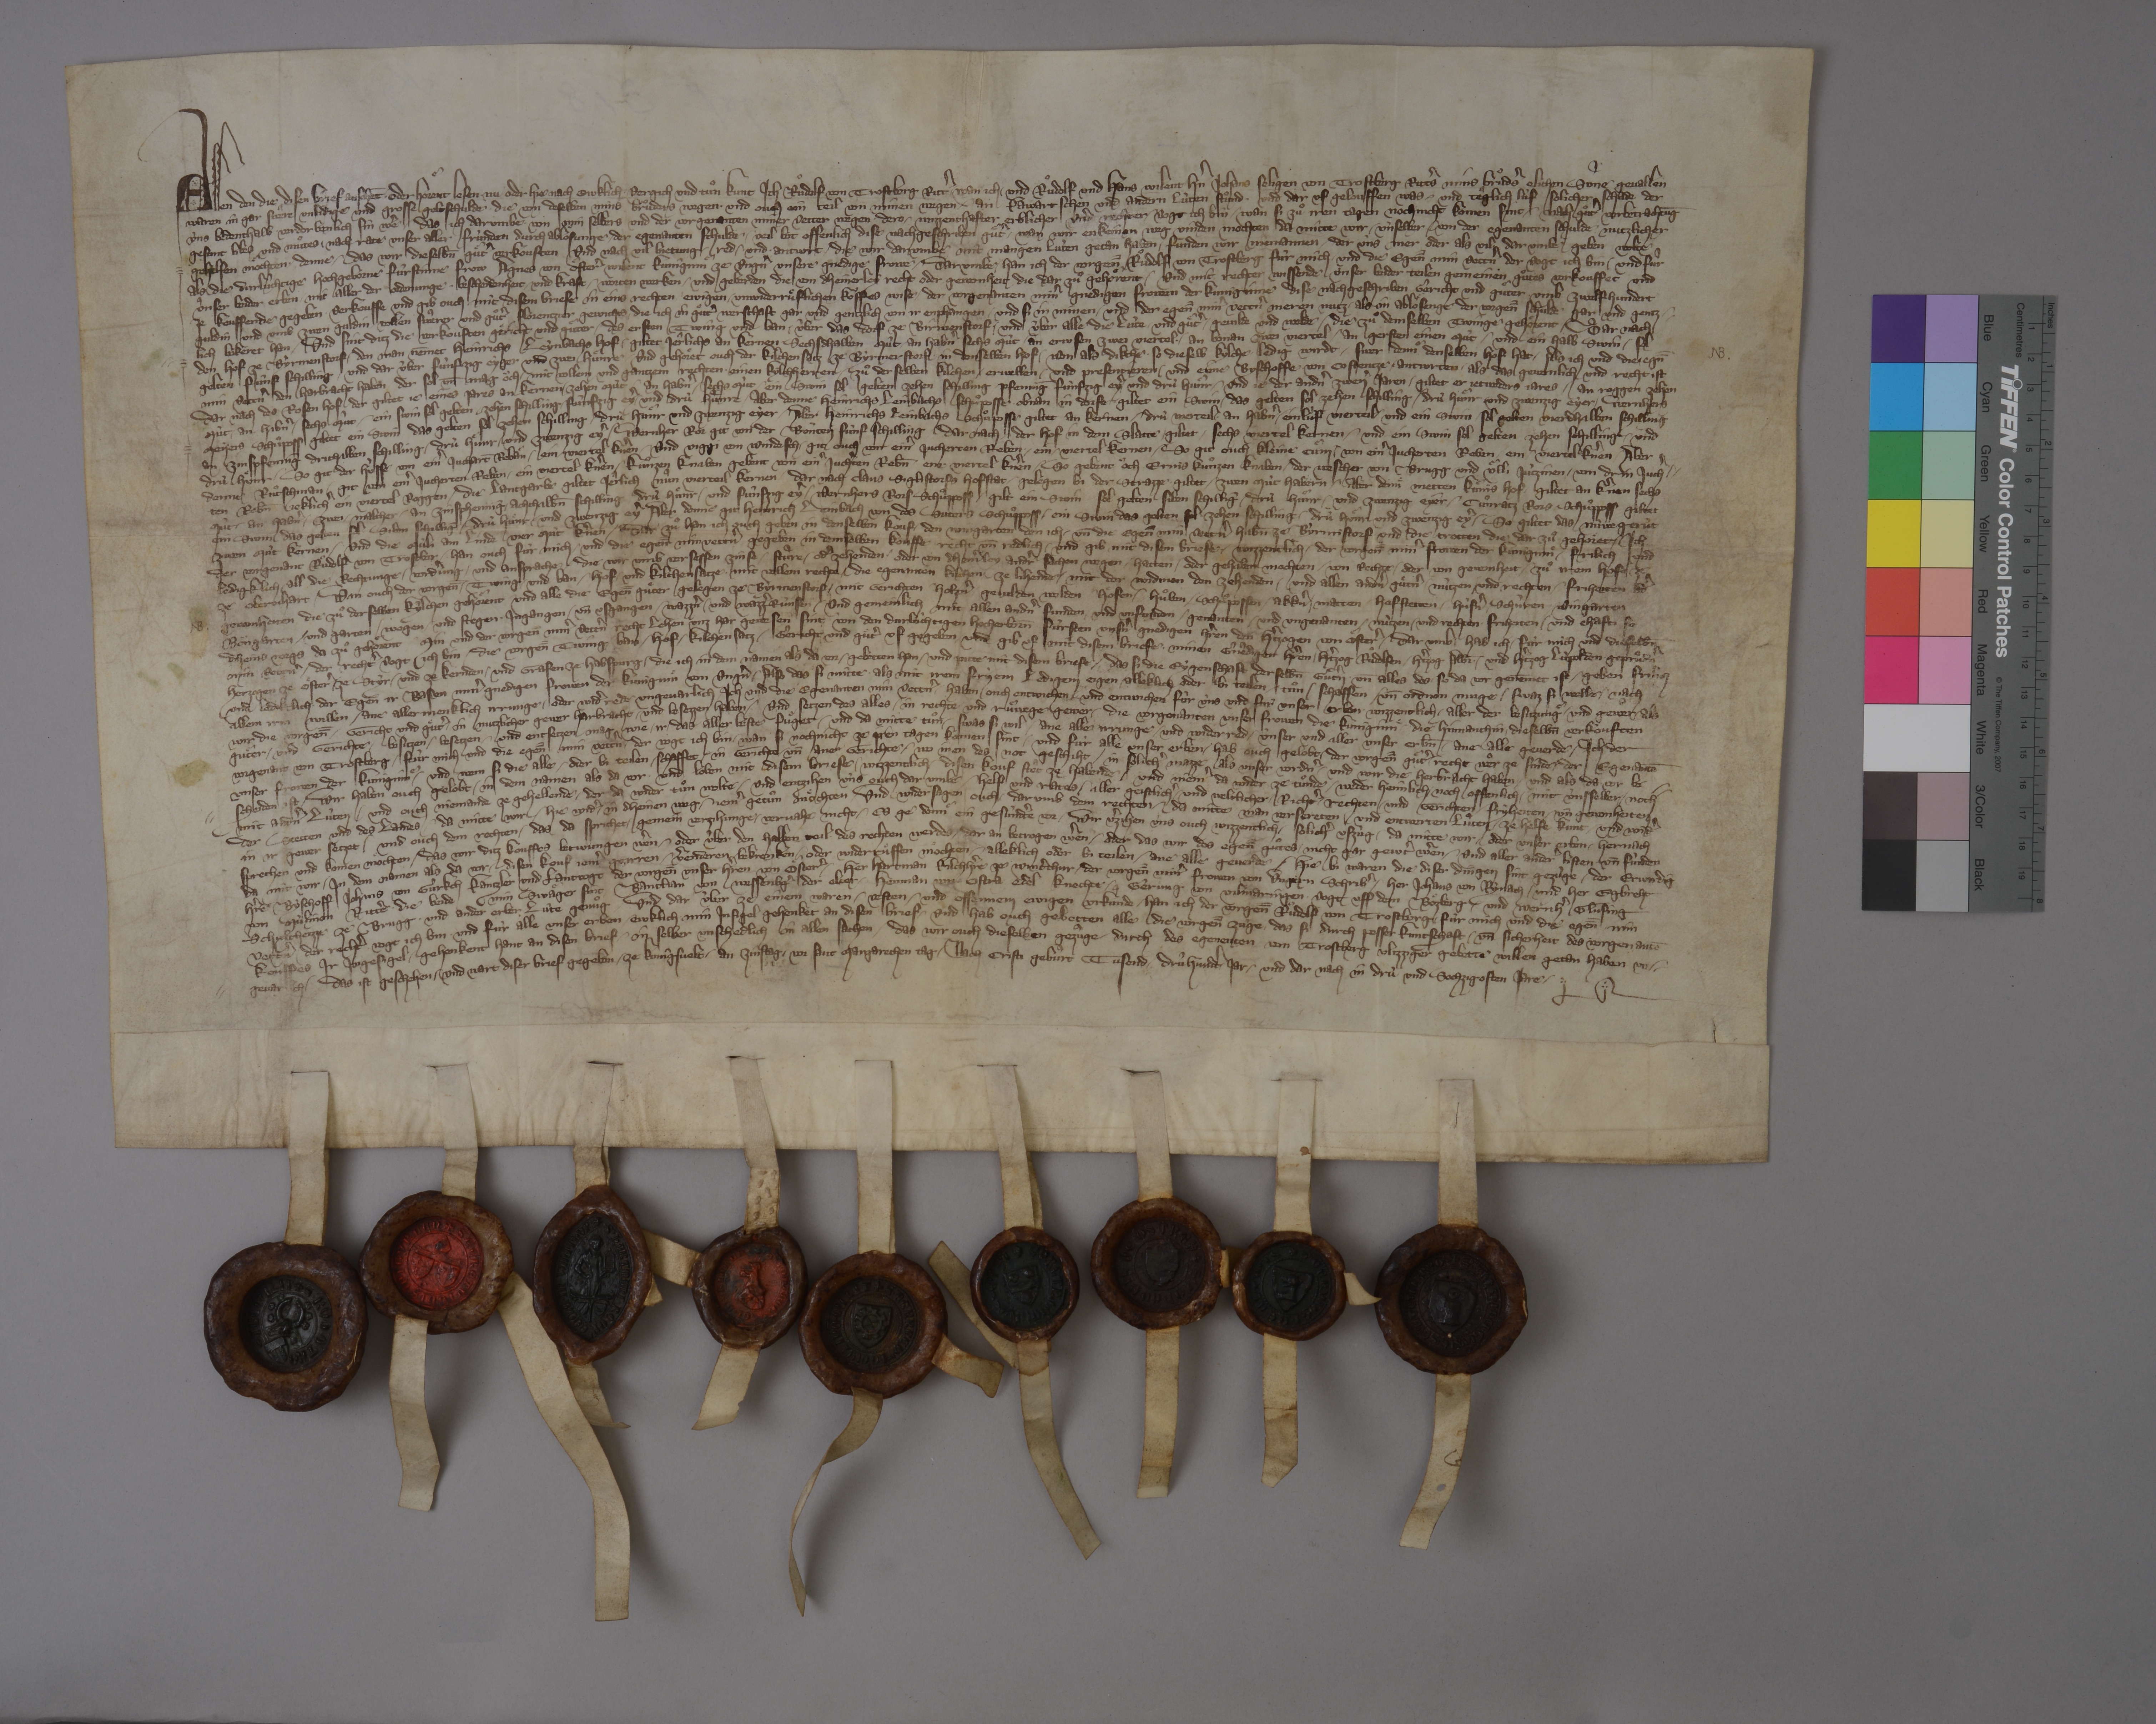
Transcription:
Allen den, die disen brief ansehēt ✳ oder hoͤrent lesen ✳ nu oder hie nach ewklich, ✳ vergich und tuͦn kunt ich, Ruͦdolf von Trostberg, rittˀ, ✳ wan ich ✳ und Ruͦdolf und Hans, wilent hnˀ Johans seligen von Trostberg, rittˀs, mins bruͦdˀs, elichen sùne, gevallen
waren in gar sweͣre unlidige und grosse geltschulde, ✳ die von deselben mins bruͦders wegen ✳ und ouch ein teil von minen wegen ✳ an kawartschen und andern lùten stuͦnd ✳ und dar uf gelouffen ✳ was, und teͣglich lùf solicher schade, der
ùns bedenthalb verdorbenlich sin wˀe, ✳ das ich darumbe von min selbers und der vorgenanten miner vetter wegen, ✳ dero ✳ wizzenthafter, erblicher und rechter vogt ich bin, ✳ wan si zuͦ iren tagen noch nicht komen sint, ✳ nach guͦtˀ vorbetrachtūg,
gesunt libes und muͦtes, ✳ nach rate unser aller frùnden durch abloͤsunge ✳ der egenanten schulde ✳ veil bot offenlich dise nachgeschriben guͤtˀ, ✳ wan wir enkeinen weg vinden mochten, da mitte wir ✳ ùnselber von der egenanten schulde ✳ nutzlicher
gehelfen moͤchten, ✳ denne, ✳ das wir dieselb̄n guͤtˀ verkouften. und nach vil bietung, ✳ red ✳ und ✳ antwrt, ✳ die wir darumbe mit mangen lùten getan haben, ✳ funden wir niemannen, ✳ der ùns mer oder als vil dar umbe geben wolte
als die durlûchtige, hochgeborne fùrstinne frow Agnes von Oͤsterˀ, wilent kuniginnͤ ze Ungˀn, unsere gnedige frowe. ✳ darumbe ✳ han ich, der vorgen̄̄ Ruͦdolf von Trostberg, fùr mich ✳ und die egen̄̄ min vettnˀ, der vogt ich bin, ✳ und fûr
ûnser beider erben ✳ mit aller der ordenunge, ✳ bescheidenheit ✳ und kraft, ✳ worten, werken ✳ und geberden, die von dheinerley recht oder gewonheit die dar zuͦ gehoͤrent, ✳ und mit rechter wissende unser beider teilen gemeinen guͦtes verkouffet und
ze kouffende gegeben, ✳ verkouffe und gib ouch mit disem briefe in eins rechten, ✳ ewigen, ✳ unwiderruͤflichen koͧffes wise ✳ der vorgenanten minˀ gnedigen frowen, der kuniginne, dise nachgeschriben gericht und guͤter umb zwelfhundert
guldin und umb zwen guldin ✳ vollen, sweͣrer und guͦtˀ Florentzier gewichts, ✳ die ich in guͦttˀ werschaft gar und gentzlich von ir enphangen ✳ und si in minen ✳ und der egen̄̄ minˀ vettnˀ meren nutz ✳ als in abloͤsenge der vorgen̄̄ schulde gar und gentz¬
lich bekeret han. ✳ und sint ditz die verkouften gericht und guͤter: ✳ des ersten twing und ban ✳ ùber das dorf ze Birmenstorf ✳ und ùber aller die lùte ✳ und guͤtˀ, ✳ gevilde und welde, ✳ die zuͦ demselben twinge gehoͤrent. ✳ dar nach
den hof ze Byrmenstorf, ✳ den man nēmet Heinrichs Leynbachs Hof, ✳ giltet jêrlichs an kernen sechsdhalben mùt, ✳ an habnˀ sechs mùt, ✳ an erwsen zwei viertel, ✳ an bonan zwei viertel, ✳ an gersten einen mùt, ✳ und ein halb swin, ✳ sol
gelten fûnf schilling, ✳ und dar ûber fùnfzig eyger und zwei huͤnre. ✳ und gehoͤret ouch der kilchensatz ze Byrmerstorf in denselben hof, ✳ won als dikche, ✳ so dieselb kylche ✳ ledig wirdt, ✳ swer dennͤ denselben hof hat, ✳ als ich und die egn̄̄
min vettnˀ den harbracht haben, ✳ der sol un̄ mag oͧch ✳ mit vollem und gantzem rechten ✳ einen kylchherren zuͦ derselben kilchen ✳ erwellen ✳ und presentieren ✳ und eime byschoffe von Costentze ✳ antwrten, ✳ als das gewonlich und recht ist.
dar nach des Rosen hof, der giltet je eines jares an kernen ✳ zehen mût, an habnˀ ✳ sechs mùt, ✳ ein swin, sol gelten zehen schilling pfennīg, fùnfzig eyˀ und drù huͤnr, ✳ und je der andnˀ zwen jaren ✳ giltet er jetwerders jares ✳ an roggen zehen
mùt, ✳ an habnˀ ✳ sechs mùt, ✳ ein swin, sol gelten zehen schilling, ✳ fùnfzig eyˀ ✳ und drù huͤnre. ✳ aber denne Heinrichs Leinbachs schuͦposse obnan in dorfe, giltet ein swin, ✳ das gelten sol zehen schilling, ✳ drù huͤnr und zwenzig eyer. ✳ Wernhers
Meyers schuͦposs, giltet ein swin, das gelten sol zehen schilling, ✳ drù huͤnr ✳ und zwenzig eyer. ✳ aber Heinrichs Leinbachs schuͦposse, giltet an kernen ✳ drù vierteil, ✳ an habnˀ ✳ einlùf vierteil und ein swin, ✳ sol gelten vierdhalben schilling,
an zinspfennīg drithalben schilling, ✳ drù huͤnr und zwenzig eyˀ. ✳ Wernher Ror git von der bùnten fùnf schilling. dar nach ✳ der hof in dem Slatte, ✳ giltet ✳ sechs viertel kernen ✳ und ein swin, sol gelten zehen schilling, ✳ und
drû huͤnr. ✳ so git der Hùsse von einˀ juchart̄ rebaͤn ✳ ein viertel kˀnen ✳, und Viggi von Windesch ✳ git ouch von einˀ jucherten reben ✳ ein ✳ viertel kernen. ✳ so git ouch Kleine Cuͤni ✳ von einˀ jucherten reben ✳ ein ✳ viertel kˀnen. ✳ aber
denne Ruͦtschman ✳ git von einˀ jucherten reben ✳ ein viertel knˀen. ✳ Kuͦnzen knaben gebent von einˀ juchˀten reb̄n ein viertel knˀen. ✳ so gebent oͧch Ernis Kuͦnzen knaben, ✳ der Wescher von Brugg und Uͤlli Jùtzinen ✳ von drin juchˀ¬
ten reb̄n jeklichˀ ein viertel roggen. ✳ die lantgarbe giltet jeͣrlich nuͣn vierteil kernen. ✳ dar nach Claus Siglistorfs hofstat, ✳ gelegen bi der strazze, giltet ✳ zwen mùt habern. ✳ aber dennͤ Metten Kuͤnis hof, ✳ giltet an kˀnen sechs
mùt, ✳ an habnˀ ✳ zwei ✳ malther, ✳ an zinsphennīg ✳ achthalb̄n schilling, drû huͤnr ✳ und fûnfzig eyˀ. ✳ Wernhers Rors schuͦpposs, ✳ giltet ein swin, sol gelten siben schillīg, ✳ drù huͤnr ✳ und zwenzig eyer. ✳ Cuͦnratz Rors schuͦpposs, giltet
ein swin, das gelten sol siben schillīg, ✳ drù huͤnr ✳ und zwenzig eyˀ. aber denne git Heinrich Leinbach von des Suters schuͦpposs ✳ ein swin, das gelten sol zehen schilling, ✳ drù huͤnr und zwenzig eyˀ. ✳ so giltet das nùwe gerùt
zwen mùt kernen ✳ und die mùli am Linde vier mùt kˀnen. ✳ dar zuͦ han ich ouch geben in denselben kouf ✳ den wingarten, den ich ✳ un̄ die egen̄ min vettnˀ hab̄n ze Byrmistorf, und die trotten, die dar zuͦ gehoͤret. ✳ ich,
der vorgenant Ruͦdolf von Trostber, ✳ han ouch fùr mich ✳ und die egen̄̄ min vettnˀ gegeben in demselben kouffe recht un̄ redlich ✳ und gib mit disem briefe ✳ wizzenlich ✳ der vorgen̄̄ minˀ frowen, der kuniginnͤ, ✳ frilich und
ledigklich ✳ all die rechtunge, ✳ vordˀung ✳ und ansprache, ✳ die wir umb versessen zinse, ✳ stuͤre ✳ odˀ zehenden ✳ oder von dheinˀley andrˀ sachen wegen ✳ hatten ✳ oder gehaben mochten, ✳ von rechte ✳ oder von gewonheit, ✳ zuͦ irem hofe ze
ze Obernhart. ✳ wan ouch der vorgen̄̄ ✳ twing ✳ und ban, ✳ hof ✳ und kilchensatze, ✳ mit vollem rechte, ✳ die egenanten kilchen ze lihende, ✳ mit der widmen, den zehenden ✳ und allen andnˀ guͤtnˀ, ✳ nùtzen und rechten, ✳ friheiten odˀ
gewonheiten, die zuͦ der selben kylchen gehoͤrent, und alle die egen̄̄ guͤter, gelegen ze Byrmenstorf, ✳ mit gerichten, ✳ holznˀ, gevilden, welden, hoͤfen, ✳ huͦben, ✳ schuͦpossen, ✳ akknˀ, ✳ matten, ✳ hofstetten, ✳ hùsnˀ, ✳ schùren, ✳ wingarten,
boͤngarten ✳ und garten, ✳ wegen ✳ und stegen, ✳ ingangen ✳ un̄ usgangen, ✳ wazznˀ ✳ und wazzˀrùnsen, ✳ und gemeinlich mit allen andnˀ, funden ✳ und unfunden, ✳ genanten ✳ und ungenanten ✳ nùtzen ✳ und rechten, ✳ friheiten ✳ und ehafti, so
dheins wegs da zuͦ gehoͤrent, ✳ min und der vorgen̄̄ minˀ vettnˀ recht lehen unz har gewesen sint von den durlùchtigen, hocherbor̄n fùrsten, unsnˀ gnedigen hˀren, den hˀtzogen von Oͤsterˀ, ✳ dar umb hab ich ✳ fùr mich und dieselb̄n
min vettnˀ, ✳ der rechtˀ vogt ich bin, ✳ die vorgen̄̄ twing, ✳ ban, ✳ hof, ✳ kilchensatz, ✳ gericht und guͤtˀ uf gegeben ✳ und gib uf mit disem briefe ✳ minen gˀnêdigen hˀren, ✳ hˀtzogen Ruͦdolfen, ✳ hˀtzog Albr̄✳ ✳ und hˀtzog Lùpolden, ✳ gepruͦdnˀ,
herzogen ze Oͤsterˀ, ✳ ze Styr ✳ und ze Kernden ✳ und grafen ze Habspurg, ✳ die ich in dem namen, als da vor, ✳ gebetten han ✳ und pitte mit disem briefe, ✳ das si die eygenschaft der selb̄n guͤtˀn ✳ un̄ alles des, ✳ so da vor genēmet ist, ✳ geben frilich
und lediklich der egen̄̄ ir basen, minˀ gnedigen frowen, der kuniginnͤ von Ungˀn, ✳ also das si mitte ✳ als mit irem fryem, ledigem eigen ✳ alleklich oder bi teilen ✳ tuͦn, ✳ schaffen ✳ un̄ ordnen muge, ✳ swaz si welle, ✳ nach
allem irm willen, ✳ ane aller menklich irrunge ✳ oder widˀrede ungevarlich. ✳ ich und die egenanten min vettnˀ ✳ haben ouch entwichen und entwichen fùr ùns und fùr unser erben wizzentlich ✳ aller der besitzungͤ ✳ und gewer, ✳ als
wir die vorgen̄̄ ✳ gericht und guͤtˀ ✳ in nutzlicher gewer harbracht ✳ und besezzen haben ✳ und setzen des alles ✳ in rechte und ruͤwege gewer ✳ die vorgenanten unser frowen, die kuniginnͤ, ✳ die hinnanthin ✳ dieselb̄n verkouften
guͤter ✳ und gerichte ✳ besitzen, ✳ besetzen ✳ und entsetzen mag, wie ✳ ir ✳ das aller beste fuͦget ✳ und da mitte tuͦn, ✳ swas si wil, ✳ ane alle irrunge ✳ und widerred ✳ ùnser und aller unser erb̄n ✳ ane alle geverde. ✳ ich, der
vorgenant von Trostberg, ✳ fùr mich und die egen̄̄ min vettˀn, ✳ der vogt ich bin, ✳ wan si nochnicht ze iren tagen komen sint, ✳ und fùr alle unser erben ✳ hab ouch gelobt, ✳ der vorgen̄̄ guͤtˀ recht weͣr ze sinde ✳ der egenantē
unser frowen, der kuniginnͤ, ✳ und wem si die alle ✳ oder bi teilen ✳ schaffet ✳ in gerichte ✳ un̄ ane gerichte, ✳ wo inen des not geschiht, ✳ in solichˀ mazze, als unser vordnˀ ✳ und wir die herbracht haben ✳ und als da vor be¬
scheiden ist. ✳ wir haben ouch gelobt ✳ in dem namen, als da vor, ✳ und loben mit disem briefe ✳ wizzentlich, ✳ disen kouf steͣt ze habende ✳ und niemˀ da wider ze tuͦnde, ✳ weder heimlich noch offenlich, ✳ mit ùnsselber ✳ noch ✳
mit andnˀ lùten, ✳ und ouch niemande ze gehellende, ✳ der da wider tuͦn wolte, ✳ und entzihen ùns ouch dar umbe ✳ helf und rates ✳ aller geistlichˀ ✳ und weltlicher ✳ richtˀ, ✳ rechten ✳ und gerichten, ✳ fryheiten ✳ un̄ gewonheiten
der stetten und des landes, ✳ da mitte wir ✳ hie widˀ ✳ in dheinen weg ✳ jemˀ getuͦn moͤchten, ✳ und wider sagen ouch ✳ darumb dem rechten, ✳ da mitte man versereten ✳ und entwerten luͦten ✳ ze helfe kunt ✳ und widˀ
in ir gewer setzet ✳ und ouch dem rechten, ✳ das da sprichet: ✳ gemein verzihunge ✳ vervahe nicht, ✳ es ge dennͤ ein gesùndˀte vor. ✳ wir vˀzihen ùns ouch wizzentlich ✳ solichˀ uszùg, ✳ da mitte wir ✳ oder unser erben ✳ hernach
sprechen und komen moͤchten, ✳ das wir ditz kouffes betwungen wˀen, ✳ oder ûber den halben teil ✳ des rechten werdes ✳ dar an betrogen wˀen, ✳ oder das wir des egen̄̄ guͦtes ✳ nicht gar gewtˀ wˀen, ✳ und aller anderˀ listen un̄ fùnden,
da mit wir ✳ in dem namen, als da vor, ✳ disen kouf jemˀ geirren, ✳ vˀenderen, ✳ bekrenken ✳ oder widerruͤffen moͤchten, ✳ alleklich oder bi teilen, ✳ ane alle geverde. ✳ hie bi waren die diser dingen sint gezùge ✳ der erwirdig
hˀre byschoff Johans von Gùrkch, kantzler und lantvogt der vorgen̄̄ unser hˀren von Oͤsterˀ, ✳ her Hartman, kilchhˀre ze Wintˀthur, ✳ der vorgen̄̄ minˀ frowen von Ungern schribˀ, ✳ her Johans von Rynach ✳ und her Egbreht
von Mùlinon, ritteˀ, ✳ die beide min swaͤger sint, ✳ Bantlian von Wessenbgˀ der elter, ✳ Henman von Ostra, edel knechte, ✳ Gerung von Vilmaringen, ✳ vogt uff dem Boͤzberg, ✳ und Wernhˀ Glūsing,
schultheizze ✳ ze Brugg, ✳ und ander erber lûte genuͦg. ✳ und dar ûber ze einem waren, ✳ vesten ✳ und offennem, ewigen urkunde ✳ han ich, der vorgen̄̄ Ruͦdolf von Trostberg, fùr mich und die egen̄̄ min
vettnˀ, der rechtˀ vogt ich bin, und fùr alle unser erben ✳ ewklich min insigel gehenket an disen brief ✳ und hab ouch gebetten alle die vorgen̄̄ zûge, ✳ das si durch pesser kuntschaft ✳ un̄ sicherheit des vorgenantē
kouffes ir ingesigel ✳ gehenkent hant an disen brief, ✳ in selber unschedlich in allen sachen. ✳ das wir ouch, dieselben gezuͣge, ✳ durch des egenenten von Trostberg vlizziger gebette willen getan haben un¬
gevarlich. ✳ das ist geschehen ✳ und wart diser brief gegeben ✳ ze Kunigsvelt ✳ an zinstag ✳ vor sant Margarethen tag, ✳ nach Cristi gebûrt tusend ✳ drûhundtˀ jar ✳ und dar nach in drù und sechzigosten jare. ✳